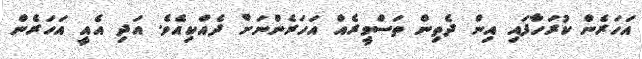
އަހަރެން ކުރަހާފައި އިން ދެތިން ތަސްވީރެއް އަހަރެންނަށް ދެއްކިއެވެ. އަދި އެއީ އަހަރެން